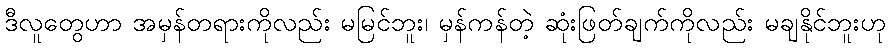
ဒီလူတွေဟာ အမှန်တရားကိုလည်း မမြင်ဘူး၊ မှန်ကန်တဲ့ ဆုံးဖြတ်ချက်ကိုလည်း မချနိုင်ဘူးဟု